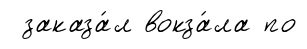
заказа́л вокза́ла по